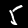
Label: 5